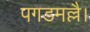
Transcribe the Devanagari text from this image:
पगडमल्लै।